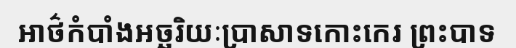
អាថ៌កំបាំងអច្ឆរិយៈប្រាសាទកោះកេរ ព្រះបាទ